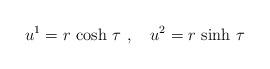
LaTeX: \begin{align*}u^1 = r\, \cosh\,\tau\ ,\ \ \ u^2 = r\, \sinh\,\tau\end{align*}